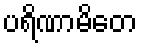
ပရိဏာမိတေ